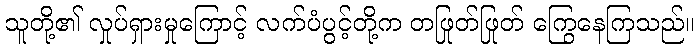
သူတို့၏ လှုပ်ရှားမှုကြောင့် လက်ပံပွင့်တို့က တဖြုတ်ဖြုတ် ကြွေနေကြသည်။